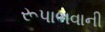
રૂપાભવાની